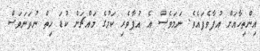
އިންތިހާއަށް އުފާވެފައެވެ. ނަމަވެސް އެ އުފާވެރި ކަމުގެ މައްޗަށް ކުޑަ ހިތް ނުތަނަވަސް